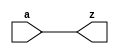
module nivniv
(
	output z,
	input a
);
wire y;

// DUPLO.NET (599) - y : niv
assign y = a;

// DUPLO.NET (600) - z : niv
assign z = y;
endmodule